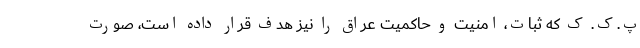
پ.ک. ک که ثبات، امنیت و حاکمیت عراق را نیز هدف قرار داده است، صورت